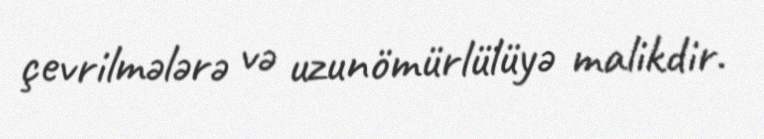
çevrilmələrə və uzunömürlülüyə malikdir.